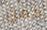
كمن